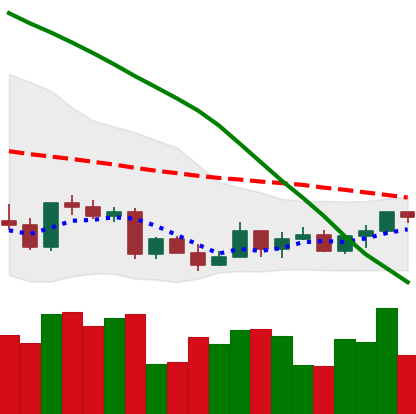
Ticker: LTC-USD
Chart end date: 2022-03-17
Forward return: 11.438%
Label: up_7plus